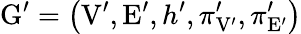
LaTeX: \mathrm{G}^{\prime}=\left(\mathrm{V}^{\prime},\mathrm{E}^{\prime},h^{\prime},\pi_{\mathrm{V}^{\prime}}^{\prime},\pi_{\mathrm{E}^{\prime}}^{\prime}\right)